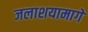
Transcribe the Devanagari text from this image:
जलाशयामागे